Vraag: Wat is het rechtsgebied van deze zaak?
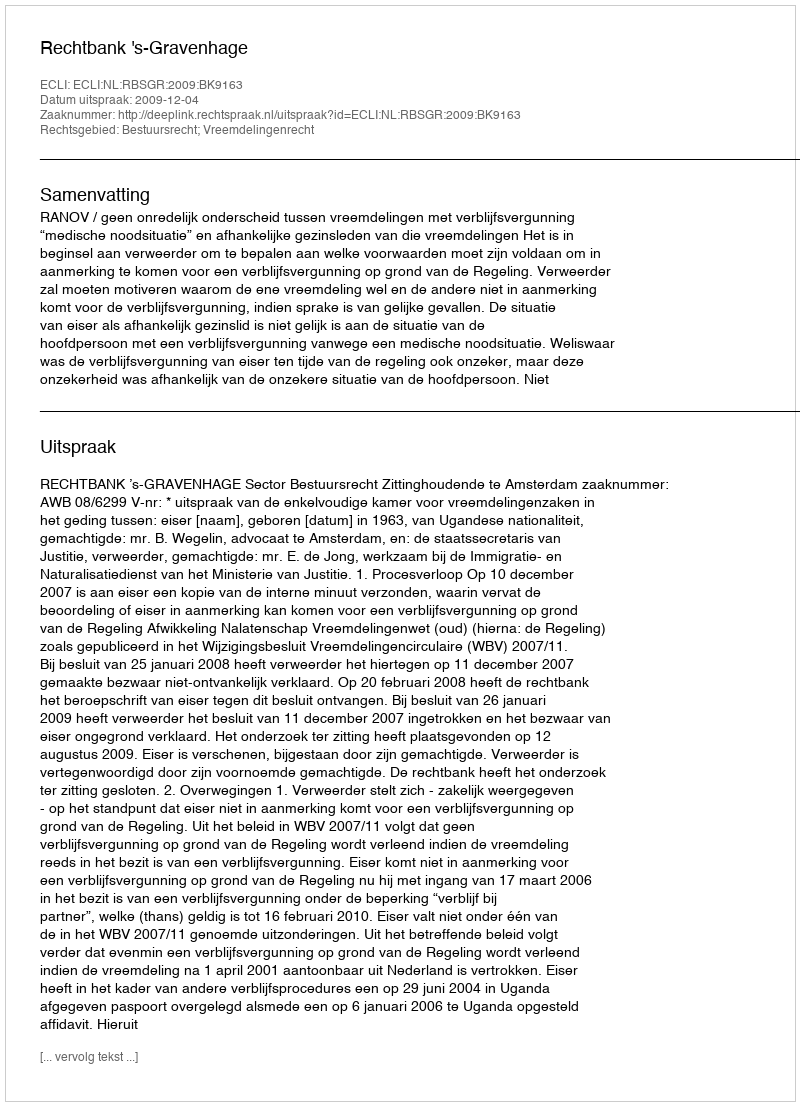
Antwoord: Bestuursrecht; Vreemdelingenrecht